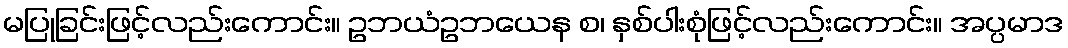
မပြုခြင်းဖြင့်လည်းကောင်း။ ဥဘယံဥဘယေန စ၊ နှစ်ပါးစုံဖြင့်လည်းကောင်း။ အပ္ပမာဒ